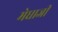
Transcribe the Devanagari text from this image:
मेधाजी